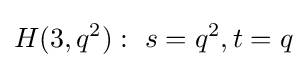
H(3,q^{2}):\ s=q^{2},t=q